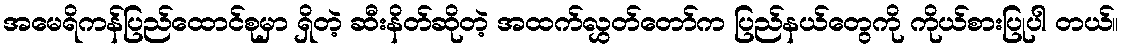
အမေရိကန်ပြည်ထောင်စုမှာ ရှိတဲ့ ဆီးနိတ်ဆိုတဲ့ အထက်လွှတ်တော်က ပြည်နယ်တွေကို ကိုယ်စားပြုပါ တယ်။